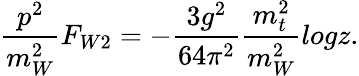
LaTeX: {\frac{p^{2}}{m_{W}^{2}}}F_{W2}=-{\frac{3g^{2}}{64\pi^{2}}}{\frac{m_{t}^{2}}{m_{W}^{2}}}logz.